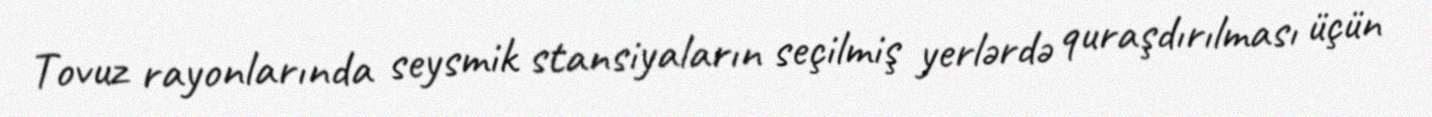
Tovuz rayonlarında seysmik stansiyaların seçilmiş yerlərdə quraşdırılması üçün